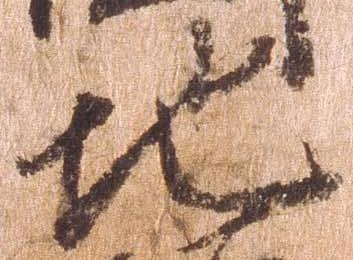
地